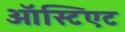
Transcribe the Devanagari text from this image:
ऑस्टिएट